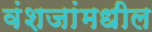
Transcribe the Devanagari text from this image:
वंशजांमधील